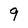
Character: 9